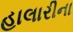
હાલારીના